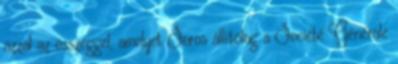
azzal az összeggel, amelyet Soros állítólag a Société Générale